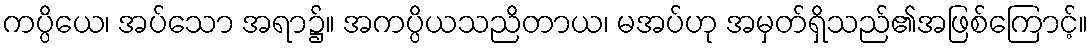
ကပ္ပိယေ၊ အပ်သော အရာ၌။ အကပ္ပိယသညိတာယ၊ မအပ်ဟု အမှတ်ရှိသည်၏အဖြစ်ကြောင့်။